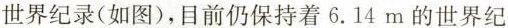
世界纪录（如图），目前仍保持着6.14m的世界纪